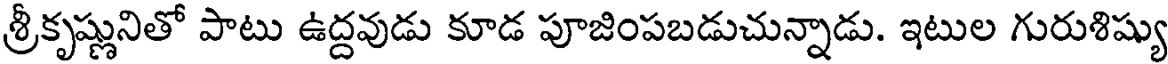
శ్రీకృష్ణునితో పాటు ఉద్దవుడు కూడ పూజింపబడుచున్నాడు. ఇటుల గురుశిష్యు